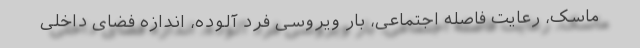
ماسک، رعایت فاصله اجتماعی، بار ویروسی فرد آلوده، اندازه فضای داخلی